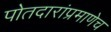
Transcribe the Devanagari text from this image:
पोतदारांप्रमाणेच